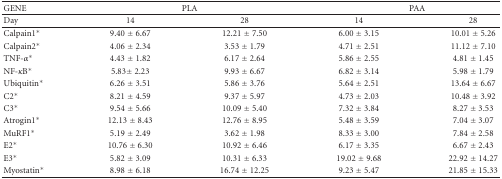
<table><thead><tr><td><b>GENE</b></td><td colspan="2"><b>PLA</b></td><td colspan="2"><b>PAA</b></td></tr></thead><tbody><tr><td>Day</td><td>14</td><td>28</td><td>14</td><td>28</td></tr><tr><td>Calpain1*</td><td>9.40 ± 6.67</td><td>12.21 ± 7.50</td><td>6.00 ± 3.15</td><td>10.01 ± 5.26</td></tr><tr><td>Calpain2*</td><td>4.06 ± 2.34</td><td>3.53 ± 1.79</td><td>4.71 ± 2.51</td><td>11.12 ± 7.10</td></tr><tr><td>TNF-<i>α</i>*</td><td>4.43 ± 1.82</td><td>6.17 ± 2.64</td><td>5.86 ± 2.55</td><td>4.81 ± 1.45</td></tr><tr><td>NF-<i>κ</i>B*</td><td>5.83± 2.23</td><td>9.93 ± 6.67</td><td>6.82 ± 3.14</td><td>5.98 ± 1.79</td></tr><tr><td>Ubiquitin*</td><td>6.26 ± 3.51</td><td>5.86 ± 3.76</td><td>5.64 ± 2.51</td><td>13.64 ± 6.67</td></tr><tr><td>C2*</td><td>8.21 ± 4.59</td><td>9.37 ± 5.97</td><td>4.73 ± 2.03</td><td>10.48 ± 3.92</td></tr><tr><td>C3*</td><td>9.54 ± 5.66</td><td>10.09 ± 5.40</td><td>7.32 ± 3.84</td><td>8.27 ± 3.53</td></tr><tr><td>Atrogin1*</td><td>12.13 ± 8.43</td><td>12.76 ± 8.95</td><td>5.48 ± 3.59</td><td>7.04 ± 3.07</td></tr><tr><td>MuRF1*</td><td>5.19 ± 2.49</td><td>3.62 ± 1.98</td><td>8.33 ± 3.00</td><td>7.84 ± 2.58</td></tr><tr><td>E2*</td><td>10.76 ± 6.30</td><td>10.92 ± 6.46</td><td>6.17 ± 3.35</td><td>6.67 ± 2.43</td></tr><tr><td>E3*</td><td>5.82 ± 3.09</td><td>10.31 ± 6.33</td><td>19.02 ± 9.68</td><td>22.92 ± 14.27</td></tr><tr><td>Myostatin*</td><td>8.98 ± 6.18</td><td>16.74 ± 12.25</td><td>9.23 ± 5.47</td><td>21.85 ± 15.33</td></tr></tbody></table>